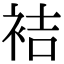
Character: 袺